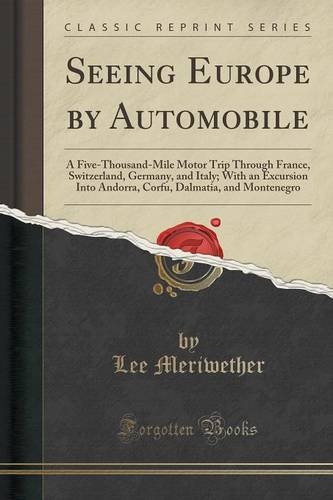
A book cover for Seeing Europe by Automobile: A Five-Thousand-Mile Motor Trip Through France, Switzerland, Germany, and Italy; With an Excursion Into Andorra, Corfu, Dalmatia, and Montenegro (Classic Reprint); Lee Meriwether; Travel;